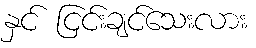
နှင် ငြင်းချင်သေးလား